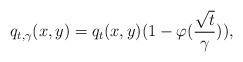
LaTeX: \begin{align*}q_{t,\gamma}(x,y)=q_t(x,y)(1-\varphi(\frac{\sqrt{t}}{\gamma})),\end{align*}